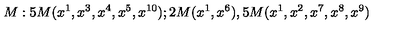
M : 5 M ( x ^ { 1 } , x ^ { 3 } , x ^ { 4 } , x ^ { 5 } , x ^ { 1 0 } ) ; 2 M ( x ^ { 1 } , x ^ { 6 } ) , 5 M ( x ^ { 1 } , x ^ { 2 } , x ^ { 7 } , x ^ { 8 } , x ^ { 9 } )